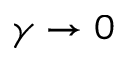
\gamma \to 0